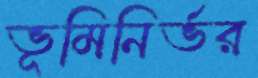
ভূমিনির্ভর